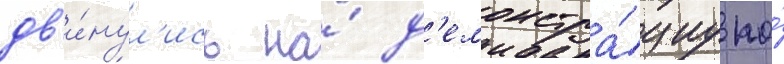
дв'и́нул'ись на́ д'емонстра́циу по́